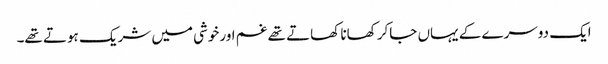
ایک دوسرے کے یہاں جاکر کھانا کھاتے تھے غم اورخوشی میں شریک ہوتے تھے۔